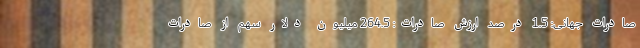
صادرات جهانی: 1.5 درصد ارزش صادرات: 264.5 میلیون دلار سهم از صادرات